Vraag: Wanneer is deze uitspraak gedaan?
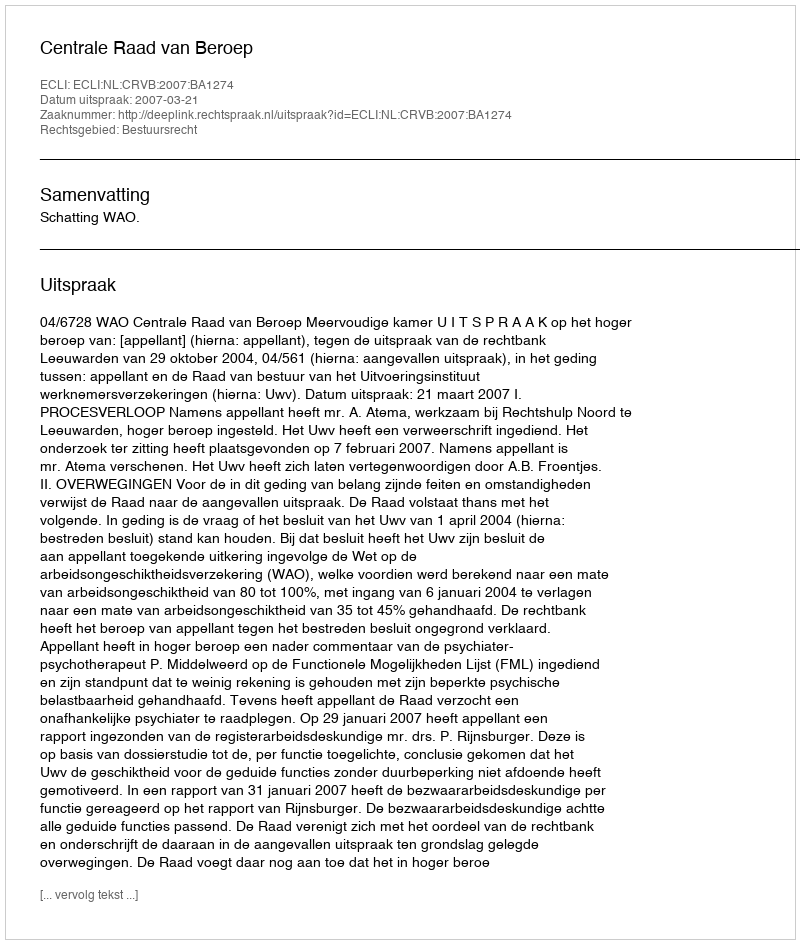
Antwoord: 2007-03-21